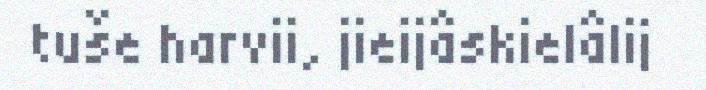
tuše harvii, jieijâskielâlij